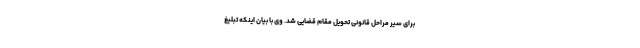
برای سیر مراحل قانونی تحویل مقام قضایی شد. وی با بیان اینکه تبلیغ